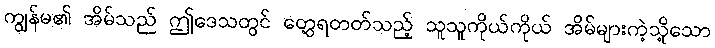
ကျွန်မ၏ အိမ်သည် ဤဒေသတွင် တွေ့ရတတ်သည့် သူသူကိုယ်ကိုယ် အိမ်များကဲ့သို့သော